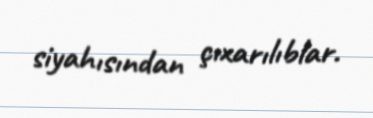
siyahısından çıxarılıblar.